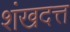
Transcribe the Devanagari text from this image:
शंखदत्त